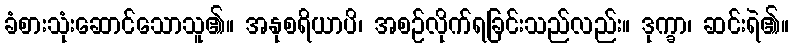
ခံစားသုံးဆောင်သောသူ၏။ အနုစရိယာပိ၊ အစဉ်လိုက်ရခြင်းသည်လည်း။ ဒုက္ခာ၊ ဆင်းရဲ၏။